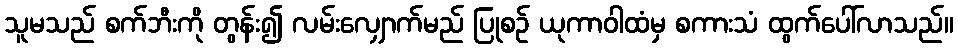
သူမသည် စက်ဘီးကို တွန်း၍ လမ်းလျှောက်မည် ပြုစဉ် ယုကာဝါထံမှ စကားသံ ထွက်ပေါ်လာသည်။